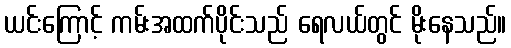
ယင်းကြောင့် ကမ်းအထက်ပိုင်းသည် ရေလယ်တွင် မိုးနေသည်။